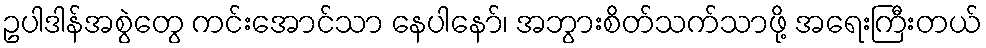
ဥပါဒါန်အစွဲတွေ ကင်းအောင်သာ နေပါနော်၊ အဘွားစိတ်သက်သာဖို့ အရေးကြီးတယ်